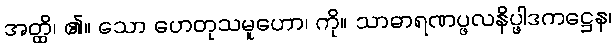
အတ္ထိ၊ ၏။ သော ဟေတုသမူဟော၊ ကို။ သာဓာရဏပ္ဖလနိပ္ဖါဒကဋ္ဌေန၊